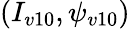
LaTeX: (I_{v10},\psi_{v10})